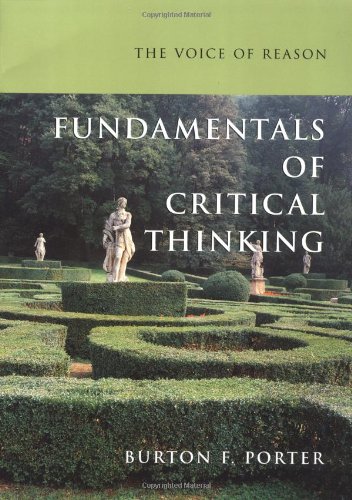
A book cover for The Voice of Reason: Fundamentals of Critical Thinking; Burton F. Porter; Politics & Social Sciences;